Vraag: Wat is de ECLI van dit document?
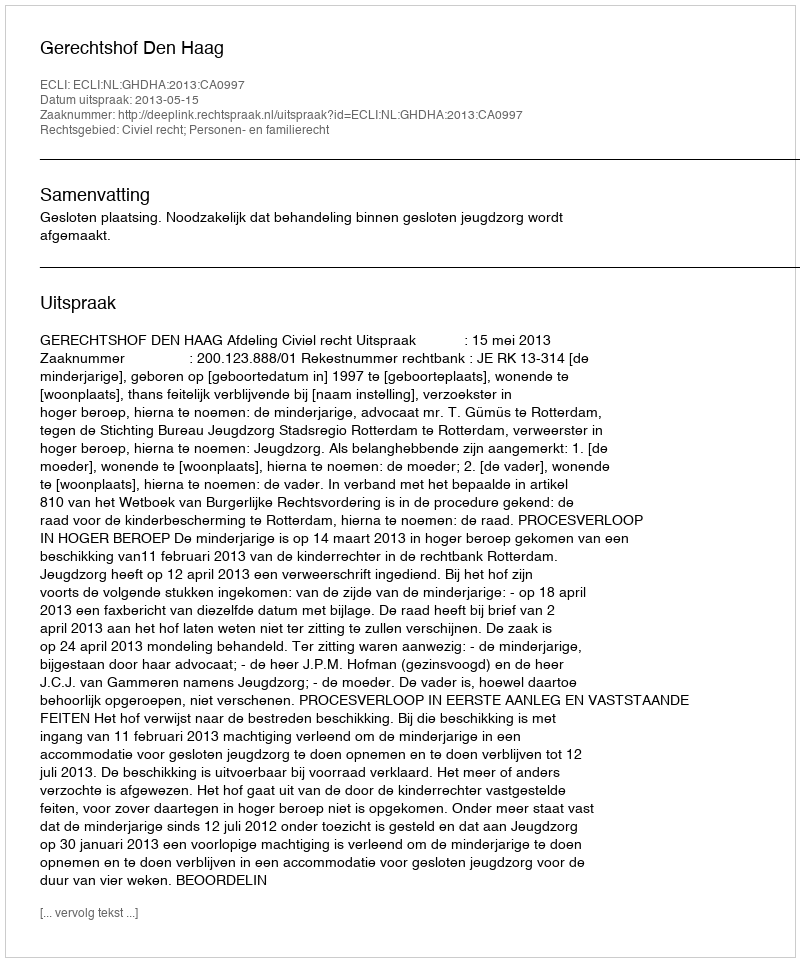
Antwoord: ECLI:NL:GHDHA:2013:CA0997